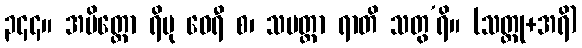
၃၄၄။ အမိတ္တော ရိပု ဝေရီ စ၊ သပတ္တာ ရာတိ သတွ’ရိ။ (သတ္တု+အရိ)